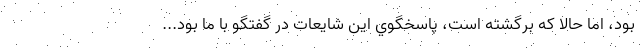
بود، اما حالا كه برگشته است، پاسخگوي اين شايعات در گفتگو با ما بود...